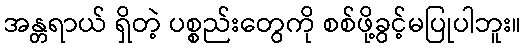
အန္တရာယ် ရှိတဲ့ ပစ္စည်းတွေကို စစ်ဖို့ခွင့်မပြုပါဘူး။